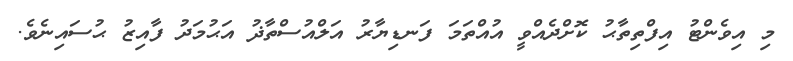
މި އިވެންޓު އިފްތިތާޙު ކޮށްދެއްވީ އުއްތަމަ ފަނޑިޔާރު އަލްއުސްތާޛު އަޙުމަދު ފާއިޒު ޙުސައިނެވެ.